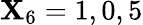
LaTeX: \mathbf{X}_{6}=1,0,5